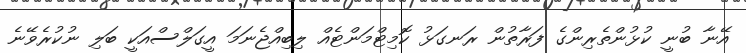
އޭނާ ބުނީ ކުޅުންތެރިންގެ ފަރާތުން ރަނގަޅު ކޮމިޓްމަންޓެއް ލިބިއްޖެނަމަ އީގަލްސްއަކީ ބަލި ނުކުރެވޭނެ